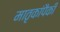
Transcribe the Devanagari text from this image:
मातृकांपैकी